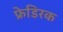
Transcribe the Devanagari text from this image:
फ्रेडिरक